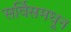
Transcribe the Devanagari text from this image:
सर्विसमधून